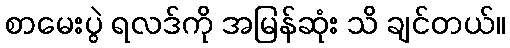
စာမေးပွဲ ရလဒ်ကို အမြန်ဆုံး သိ ချင်တယ်။